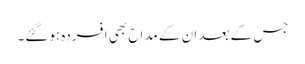
جس کے بعد ان کے مداح بھی افسردہ ہوگئے۔